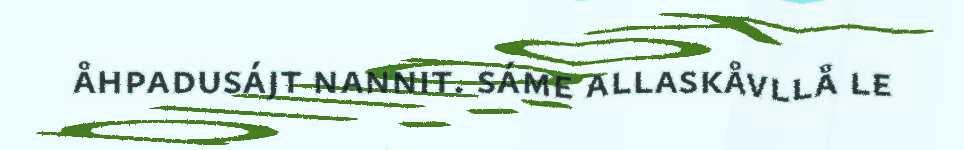
åhpadusájt nannit. sáme allaskåvllå le